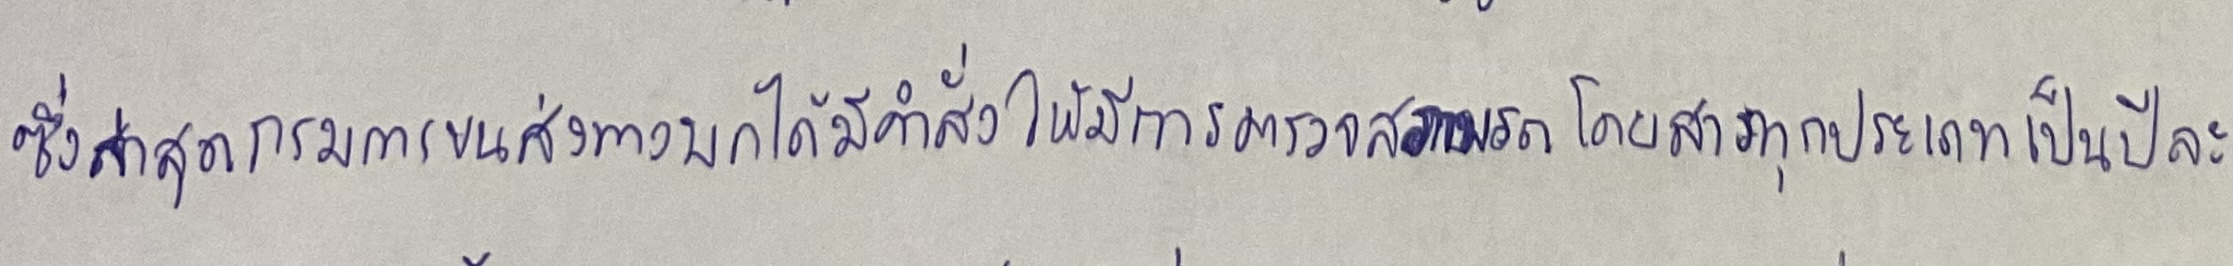
ซึ่งล่าสุดกรมการขนส่งทางบกได้มีคำสั่งให้มีการตรวจสภาพรถโดยสารทุกประเภทเป็นปีละ